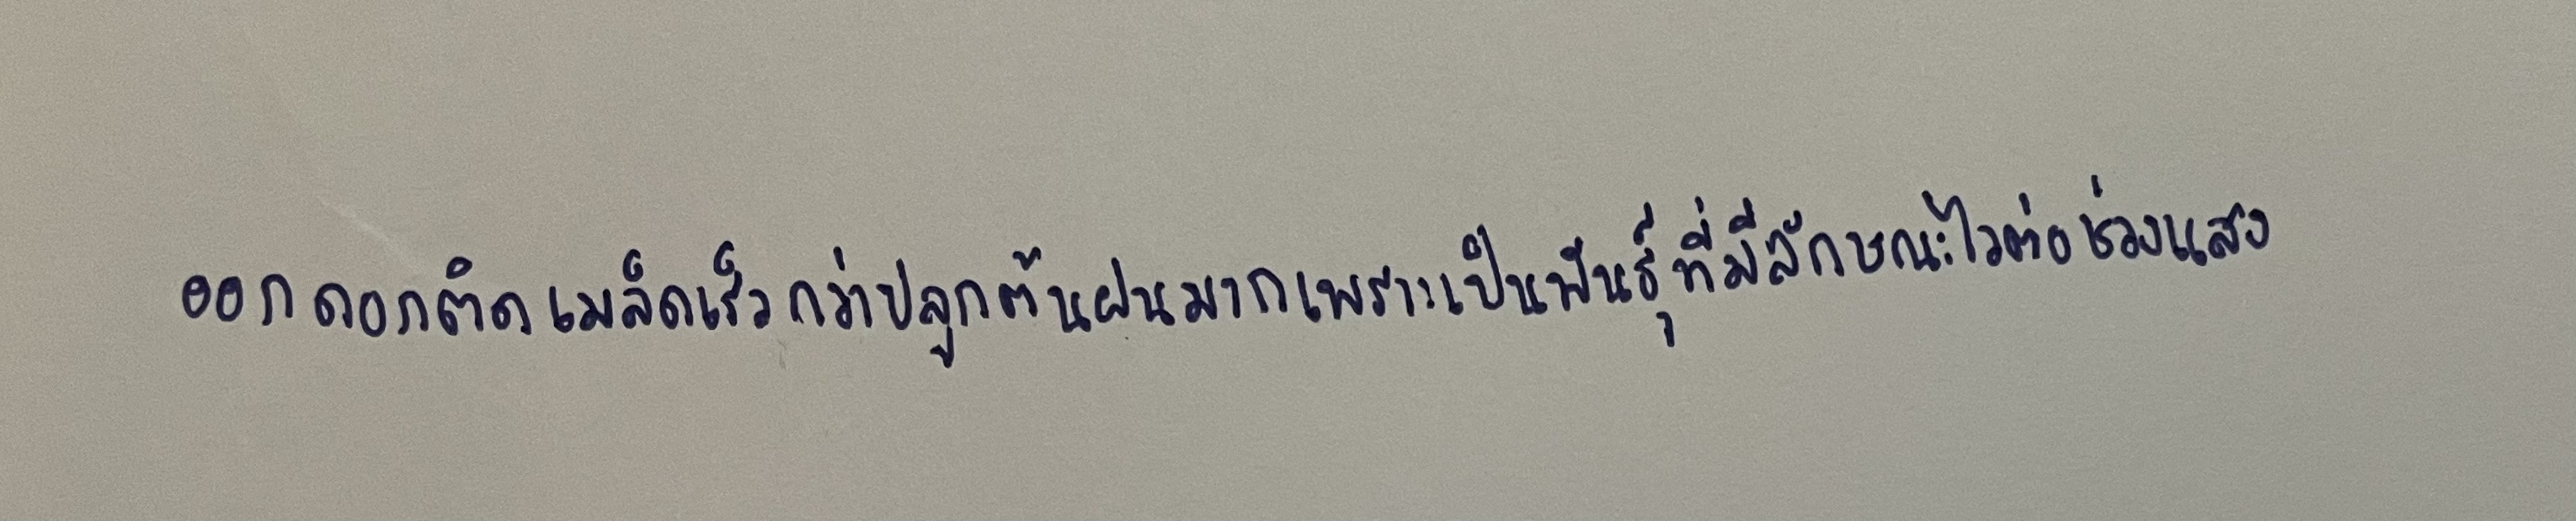
ออกดอกติดเมล็ดเร็วกว่าปลูกต้นฝนมากเพราะเป็นพันธุ์ที่มีลักษณะไวต่อช่วงแสง